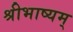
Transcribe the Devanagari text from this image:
श्रीभाष्यम्